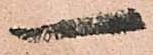
一